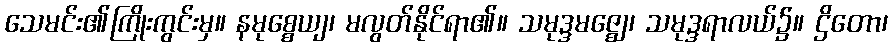
သေမင်း၏ကြိုးကွင်းမှ။ နမုစ္စေယျ၊ မလွတ်နိုင်ရာ၏။ သမုဒ္ဒမဇ္ဈေ၊ သမုဒ္ဒရာလယ်၌။ ဌိတော၊